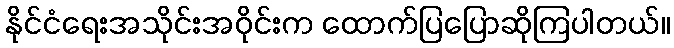
နိုင်ငံရေးအသိုင်းအဝိုင်းက ထောက်ပြပြောဆိုကြပါတယ်။